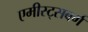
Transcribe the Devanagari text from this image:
एमीस्ट्सबर्ग